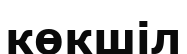
көкшіл